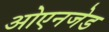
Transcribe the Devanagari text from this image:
ओएनजेड